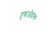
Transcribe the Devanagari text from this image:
हुश्नओइश्क़